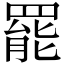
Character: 罷